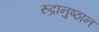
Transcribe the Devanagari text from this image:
रुद्रानुष्ठान